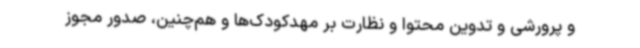
و پرورشی و تدوین محتوا و نظارت بر مهدکودک‌ها و هم‌چنین، صدور مجوز